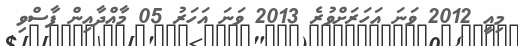
މިއީ 2012 ވަނަ އަހަރަށްވުރެ 2013 ވަނަ އަހަރު 05 މާއްދާއިން ފާސްވި